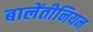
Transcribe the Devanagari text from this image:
बालेंतीनियन